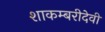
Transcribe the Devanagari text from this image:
शाकम्बरीदेवी